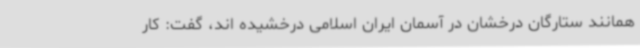
همانند ستارگان درخشان در آسمان ایران اسلامی درخشیده اند، گفت: کار